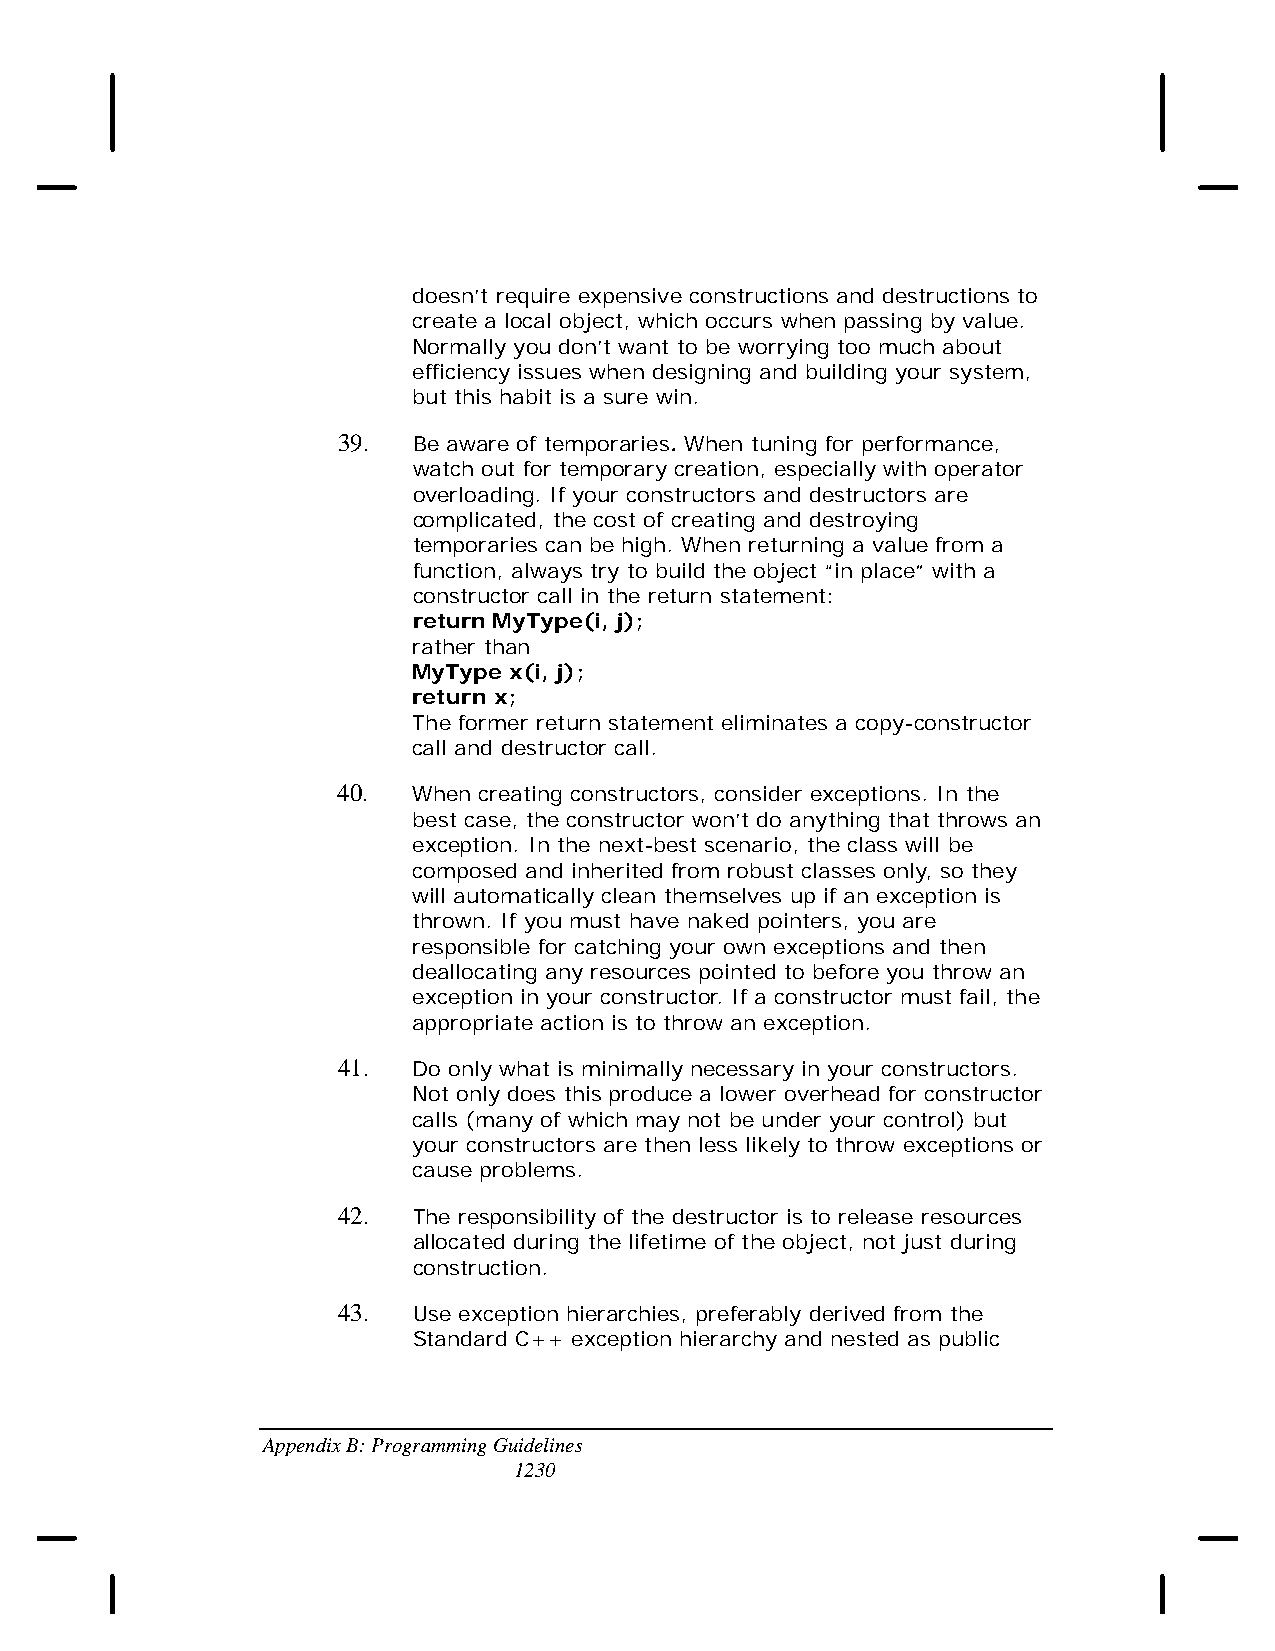
doesn’t require expensive constructions and destructions to
 create a local object, which occurs when passing by value.
 Normally you don’t want to be worrying too much about
 efficiency issues when designing and building your system,
 but this habit is a sure win.
 39.  Be aware of temporaries. When tuning for performance,
 watch out for temporary creation, especially with operator
 overloading. If your constructors and destructors are
 complicated, the cost of creating and destroying
 temporaries can be high. When returning a value from a
 function, always try to build the object “in place” with a
 constructor call in the return statement:
 return MyType(i, j);
 rather than
 MyType x(i, j);
 return x;
 The former return statement eliminates a copy-constructor
 call and destructor call.
 40.  When creating constructors, consider exceptions. In the
 best case, the constructor won’t do anything that throws an
 exception. In the next-best scenario, the class will be
 composed and inherited from robust classes only, so they
 will automatically clean themselves up if an exception is
 thrown. If you must have naked pointers, you are
 responsible for catching your own exceptions and then
 deallocating any resources pointed to before you throw an
 exception in your constructor. If a constructor must fail, the
 appropriate action is to throw an exception.
 41.  Do only what is minimally necessary in your constructors.
 Not only does this produce a lower overhead for constructor
 calls (many of which may not be under your control) but
 your constructors are then less likely to throw exceptions or
 cause problems.
 42.  The responsibility of the destructor is to release resources
 allocated during the lifetime of the object, not just during
 construction.
 43.  Use exception hierarchies, preferably derived from the
 Standard C++ exception hierarchy and nested as public
 Appendix B: Programming Guidelines
 1230